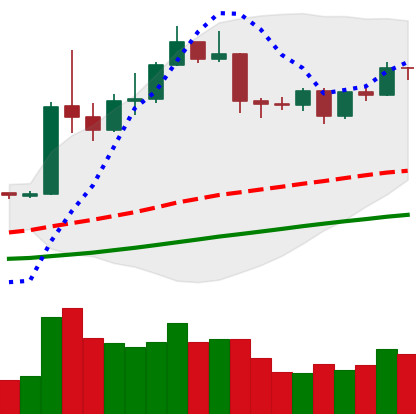
Ticker: ETH-USD
Chart end date: 2019-04-19
Forward return: -4.538%
Label: down_3_5